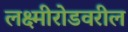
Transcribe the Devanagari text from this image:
लक्ष्मीरोडवरील